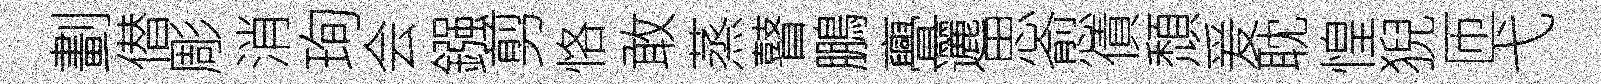
劃僣彫消珣会鏹剪恪敢蒸瞽鵬亹邐思愈債頹爰耽惶猊匝弋